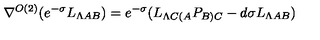
\nabla ^ { O ( 2 ) } ( e ^ { - \sigma } L _ { \Lambda A B } ) = e ^ { - \sigma } ( L _ { \Lambda C ( A } P _ { B ) C } - d \sigma L _ { \Lambda A B } )